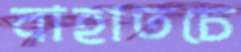
বাহাতচে